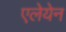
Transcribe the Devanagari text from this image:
एलेयेन